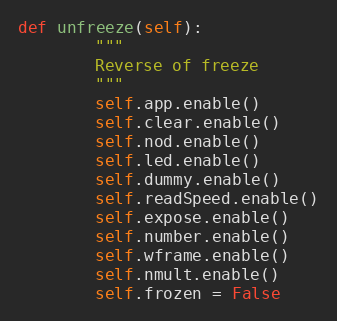
Language: Python
def unfreeze(self):
        """
        Reverse of freeze
        """
        self.app.enable()
        self.clear.enable()
        self.nod.enable()
        self.led.enable()
        self.dummy.enable()
        self.readSpeed.enable()
        self.expose.enable()
        self.number.enable()
        self.wframe.enable()
        self.nmult.enable()
        self.frozen = False